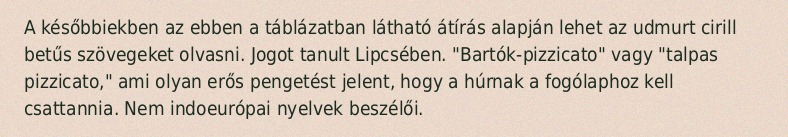
A későbbiekben az ebben a táblázatban látható átírás alapján lehet az udmurt cirill betűs szövegeket olvasni. Jogot tanult Lipcsében. "Bartók-pizzicato" vagy "talpas pizzicato," ami olyan erős pengetést jelent, hogy a húrnak a fogólaphoz kell csattannia. Nem indoeurópai nyelvek beszélői.